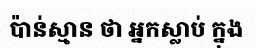
ប៉ាន់ស្មាន ថា អ្នកស្លាប់ ក្នុង